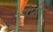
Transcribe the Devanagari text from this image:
लेर्पस